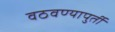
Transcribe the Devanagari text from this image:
वठवण्यापुर्ती